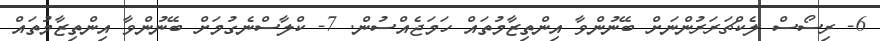
6- ރިސޯސް ލެކްޗަރަރުންނަށް ބޭނުންވާ އިންތިޒާމުތައް ހަމަޖެއްސުން. 7- ކްލާސްނެގުމަށް ބޭނުންވާ އިންތިޒާމުތައް